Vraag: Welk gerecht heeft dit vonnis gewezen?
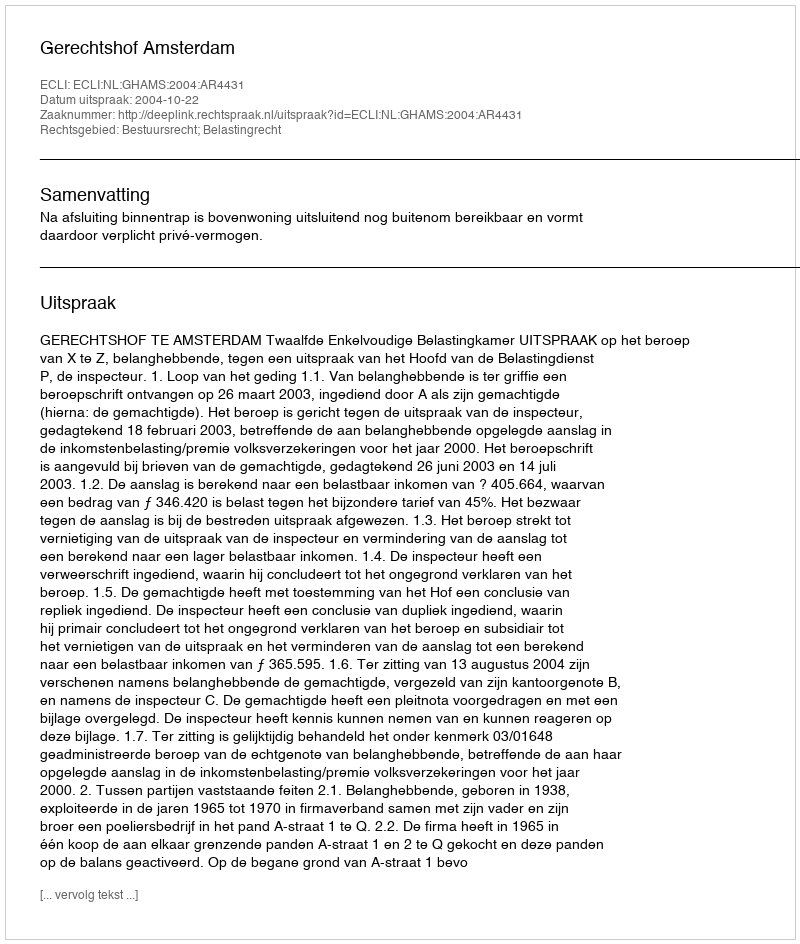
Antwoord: Gerechtshof Amsterdam